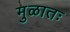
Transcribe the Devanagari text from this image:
मुळातः